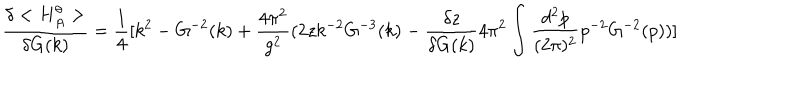
\frac { \delta < H _ { A } ^ { \theta } > } { \delta G ( k ) } = \frac { 1 } { 4 } [ k ^ { 2 } - G ^ { - 2 } ( k ) + \frac { 4 \pi ^ { 2 } } { g ^ { 2 } } ( 2 z k ^ { - 2 } G ^ { - 3 } ( k ) - \frac { \delta z } { \delta G ( k ) } 4 \pi ^ { 2 } \int \frac { d ^ { 2 } p } { ( 2 \pi ) ^ { 2 } } p ^ { - 2 } G ^ { - 2 } ( p ) ) ]